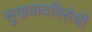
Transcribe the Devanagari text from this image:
सुखवादविरोधी